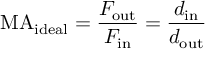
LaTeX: \mathrm { M A } _ { \mathrm { i d e a l } } = { \frac { F _ { \mathrm { o u t } } } { F _ { \mathrm { i n } } } } = { \frac { d _ { \mathrm { i n } } } { d _ { \mathrm { o u t } } } }